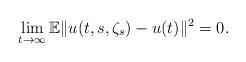
LaTeX: \begin{align*} \lim_{t\rightarrow\infty}\mathbb E\|u(t,s,\zeta_{s})-u(t)\|^{2}=0.\end{align*}